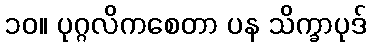
၁၀။ ပုဂ္ဂလိကစေတာ ပန သိက္ခာပုဒ်